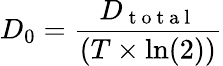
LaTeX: D_{0}=\frac{D_{\mathrm{~t~o~t~a~l~}}}{(T\times\ln(2))}